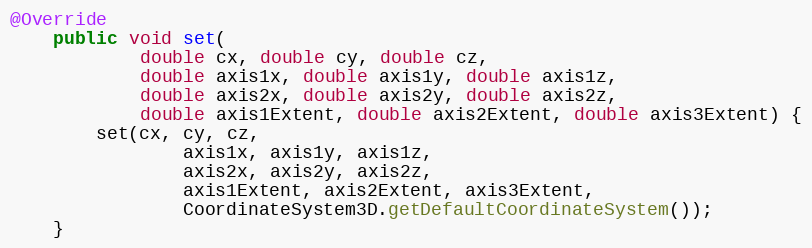
Language: Java
@Override
	public void set(
			double cx, double cy, double cz,
			double axis1x, double axis1y, double axis1z,
			double axis2x, double axis2y, double axis2z,
			double axis1Extent, double axis2Extent, double axis3Extent) {
		set(cx, cy, cz,
				axis1x, axis1y, axis1z,
				axis2x, axis2y, axis2z,
				axis1Extent, axis2Extent, axis3Extent,
				CoordinateSystem3D.getDefaultCoordinateSystem());
	}